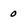
Character: 0